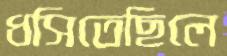
ধসিতেছিলে